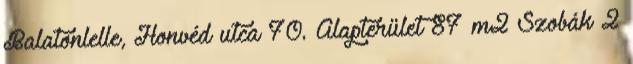
Balatonlelle, Honvéd utca 70. Alapterület 87 m2 Szobák 2